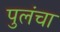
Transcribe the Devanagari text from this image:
पुलंचा